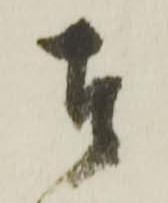
者